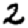
Digit: 2